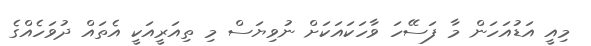
މިއީ އަޑުއަހަން މާ ފަސޭހަ ވާހަކައަކަށް ނުވިޔަސް މި ތިއަރީއަކީ އެތައް ދުވަހެއްގެ